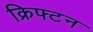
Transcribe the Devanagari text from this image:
क्रिफ्टन